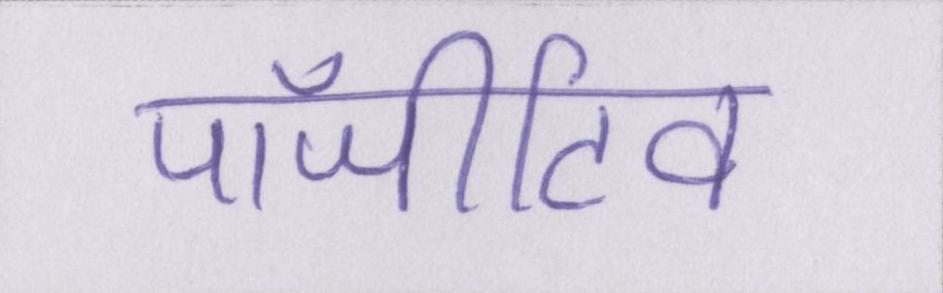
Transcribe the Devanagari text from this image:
पॉजीटिव